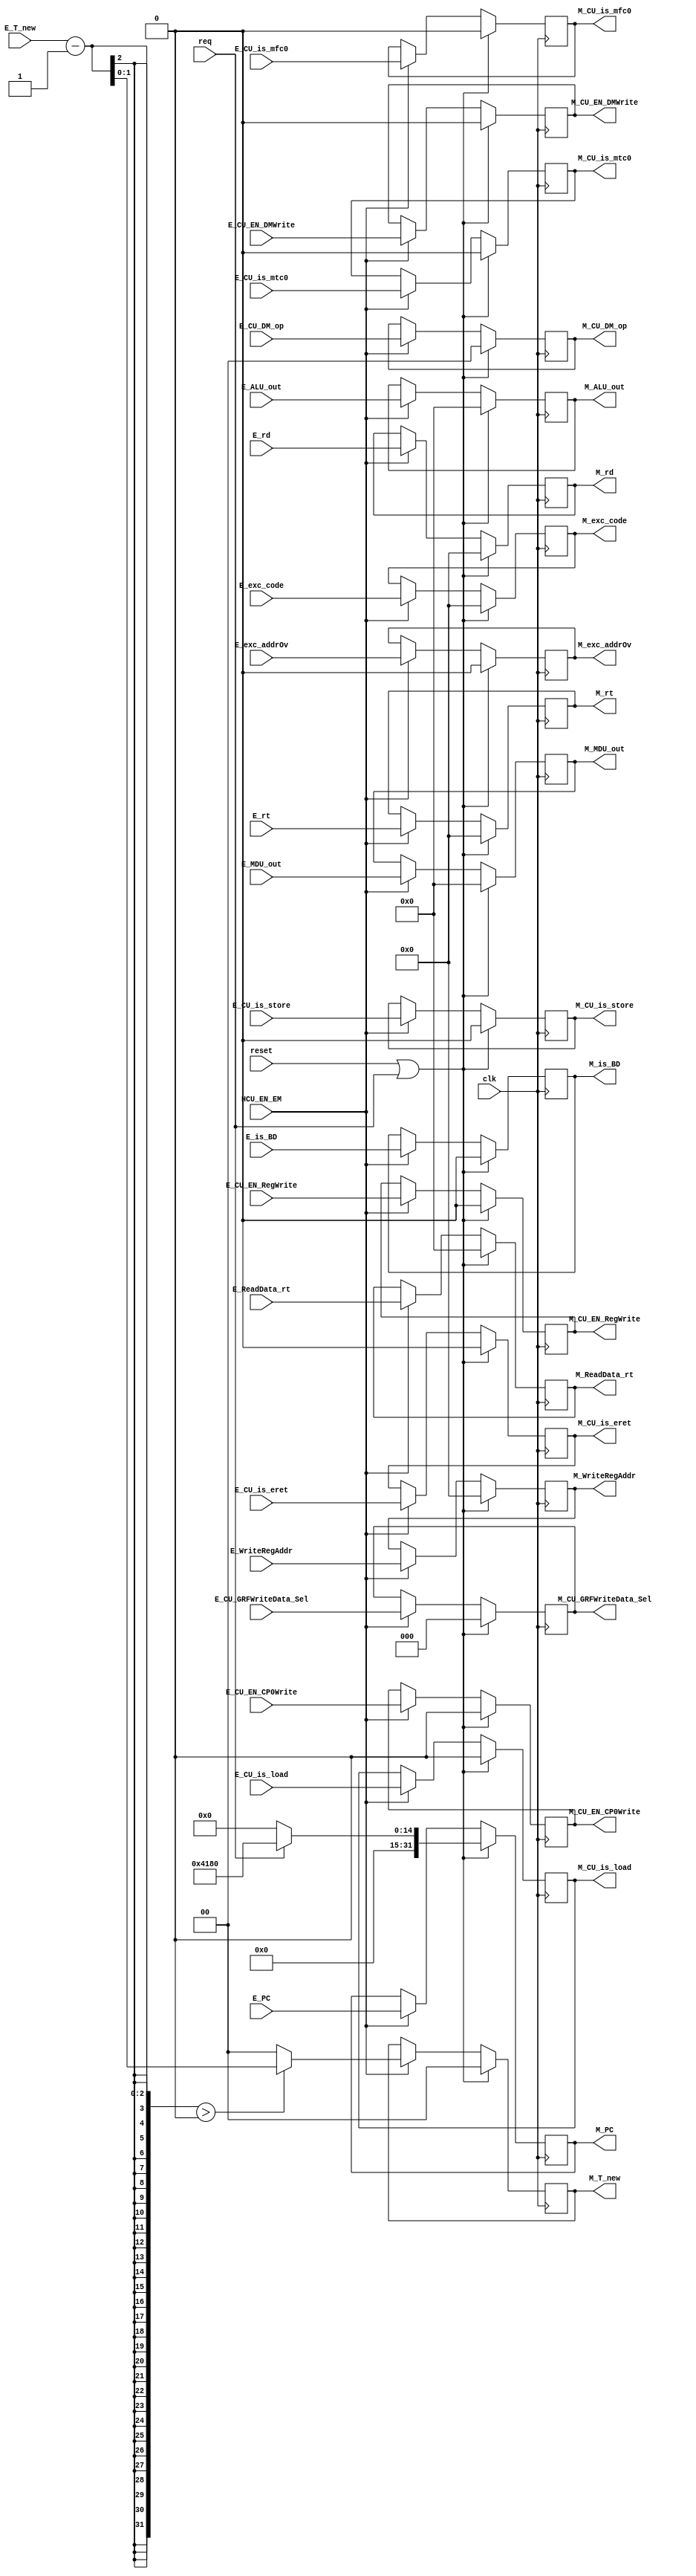
`timescale 1ns / 1ps
//-------------------------------------------------------------------------------------------


//--------------------------------------------------------------------------------------------------------
module E_M (
    input clk,
    input reset,
    input HCU_EN_EM,
    input req,
    input [31:0] E_ReadData_rt,
    input [4:0] E_rt,
    input [4:0] E_WriteRegAddr,
    input [31:0] E_ALU_out,
    input [31:0] E_PC,
    input [1:0] E_CU_DM_op,
    input E_CU_EN_RegWrite,
    input E_CU_EN_DMWrite,
    input [2:0] E_CU_GRFWriteData_Sel,
    input [1:0] E_T_new,
    input [31:0] E_MDU_out,
    input E_CU_is_mtc0,
    input E_CU_EN_CP0Write,
    input E_CU_is_mfc0,
    input E_CU_is_eret,
    input [4:0] E_rd,
    input E_exc_addrOv,
    input E_CU_is_store,
    input E_CU_is_load,
    input [4:0] E_exc_code,
    input E_is_BD,

    output reg [31:0] M_ReadData_rt,
    output reg [4:0] M_rt,
    output reg [4:0] M_WriteRegAddr,
    output reg [31:0] M_ALU_out,
    output reg [31:0] M_PC,
    output reg [1:0] M_CU_DM_op,
    output reg M_CU_EN_RegWrite,
    output reg M_CU_EN_DMWrite,
    output reg [2:0] M_CU_GRFWriteData_Sel,
    output reg [1:0] M_T_new,
    output reg [31:0] M_MDU_out,
    output reg M_CU_is_mtc0,
    output reg M_CU_EN_CP0Write,
    output reg M_CU_is_mfc0,
    output reg M_CU_is_eret,
    output reg [4:0] M_rd,
    output reg M_exc_addrOv,
    output reg M_CU_is_store,
    output reg M_CU_is_load,
    output reg [4:0] M_exc_code,
    output reg M_is_BD
    );
//----------------------------------------------------------------------------------------------------
    

//M_reg-------------------------------------------------------------------------------------------
    always @(posedge clk) begin
        if (reset | req) begin
            M_ReadData_rt <= 32'H0000_0000;
            M_rt <= 5'b00000;
            M_WriteRegAddr <= 5'b00000;
            M_ALU_out <= 32'H0000_0000;
            M_PC <= (req) ? 32'H0000_4180 : 32'H0000_0000;
            M_CU_DM_op <= 2'b00;
            M_CU_EN_RegWrite <= 1'b0;
            M_CU_EN_DMWrite <= 1'b0;
            M_CU_GRFWriteData_Sel <= 3'b000;
            M_T_new <= 2'b00;
            M_MDU_out <= 32'H0000_0000;
            M_CU_is_mtc0 <= 1'b0;
            M_CU_EN_CP0Write <= 1'b0;
            M_CU_is_mfc0 <= 1'b0;
            M_CU_is_eret <= 1'b0;
            M_rd <= 5'b00000;
            M_exc_addrOv <= 1'b0;
            M_CU_is_store <= 1'b0;
            M_CU_is_load <= 1'b0;
            M_exc_code <= 5'b00000;
            M_is_BD <= 1'b0;
        end
        else begin
            if (HCU_EN_EM) begin
                M_ReadData_rt <= E_ReadData_rt;
                M_rt <= E_rt;
                M_WriteRegAddr <= E_WriteRegAddr;
                M_ALU_out <= E_ALU_out;
                M_PC <= E_PC;
                M_CU_DM_op <= E_CU_DM_op;
                M_CU_EN_RegWrite <= E_CU_EN_RegWrite;
                M_CU_EN_DMWrite <= E_CU_EN_DMWrite;
                M_CU_GRFWriteData_Sel <= E_CU_GRFWriteData_Sel;
                M_T_new <= (E_T_new - 1 > 0) ? (E_T_new - 1) : 0;                
                M_MDU_out <= E_MDU_out;
                M_CU_is_mtc0 <= E_CU_is_mtc0;
                M_CU_EN_CP0Write <= E_CU_EN_CP0Write;
                M_CU_is_mfc0 <= E_CU_is_mfc0;
                M_CU_is_eret <= E_CU_is_eret;
                M_rd <= E_rd;
                M_exc_addrOv <= E_exc_addrOv;
                M_CU_is_store <= E_CU_is_store;
                M_CU_is_load <= E_CU_is_load;
                M_exc_code <= E_exc_code;
                M_is_BD <= E_is_BD;
            end
        end
    end
//--------------------------------------------------------------------------------------------------


endmodule